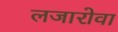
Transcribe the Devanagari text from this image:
लजारोवा